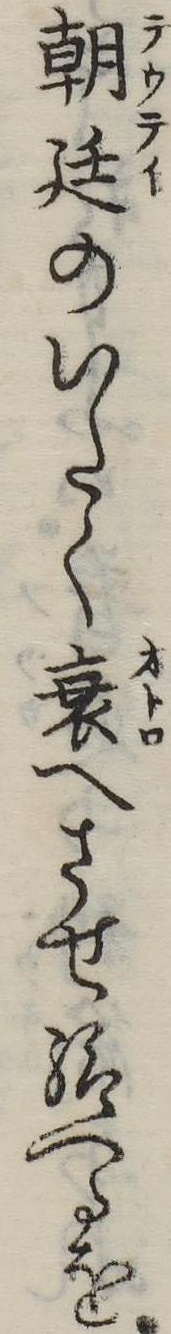
朝廷のいたく衰へさせ給へるを